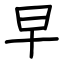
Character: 早